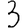
Digit: 3